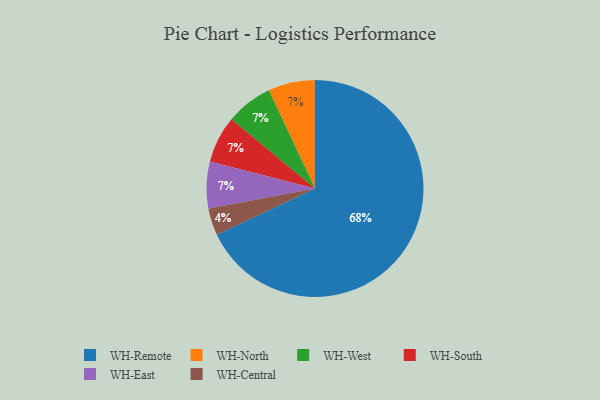
{"axis": {"x": "Category", "y": "Percentage"}, "legend": ["WH-Central", "WH-East", "WH-North", "WH-Remote", "WH-South", "WH-West"], "data": [{"x": "WH-North", "y": 7, "type": "WH-North"}, {"x": "WH-Central", "y": 4, "type": "WH-Central"}, {"x": "WH-West", "y": 7, "type": "WH-West"}, {"x": "WH-Remote", "y": 68, "type": "WH-Remote"}, {"x": "WH-South", "y": 7, "type": "WH-South"}, {"x": "WH-East", "y": 7, "type": "WH-East"}]}